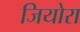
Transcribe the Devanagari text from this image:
जियोरा